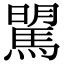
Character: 𩣶